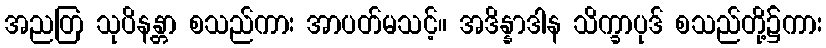
အညတြ သုပိနန္တာ စသည်ကား အာပတ်မသင့်။ အဒိန္နာဒါန သိက္ခာပုဒ် စသည်တို့၌ကား